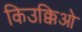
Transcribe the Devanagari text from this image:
किउक्किओ